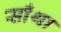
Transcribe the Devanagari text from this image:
साँथा